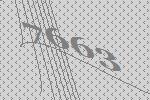
7663